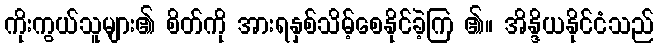
ကိုးကွယ်သူများ၏ စိတ်ကို အားရနှစ်သိမ့်စေနိုင်ခဲ့ကြ ၏။ အိန္ဒိယနိုင်ငံသည်